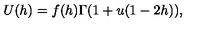
U ( h ) = f ( h ) \Gamma ( 1 + u ( 1 - 2 h ) ) ,